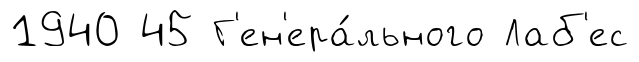
1940 45 Г'ен'ера́льного Лаб'ес